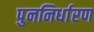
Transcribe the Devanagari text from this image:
पुननिर्धारण